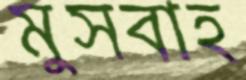
মুসবাহ